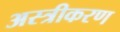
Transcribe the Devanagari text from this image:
अस्त्रीकरण